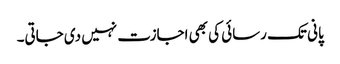
پانی تک رسائی کی بھی اجازت نہیں دی جاتی۔